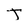
Character: T